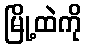
မြို့ထဲကို